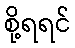
စို့ရရင်